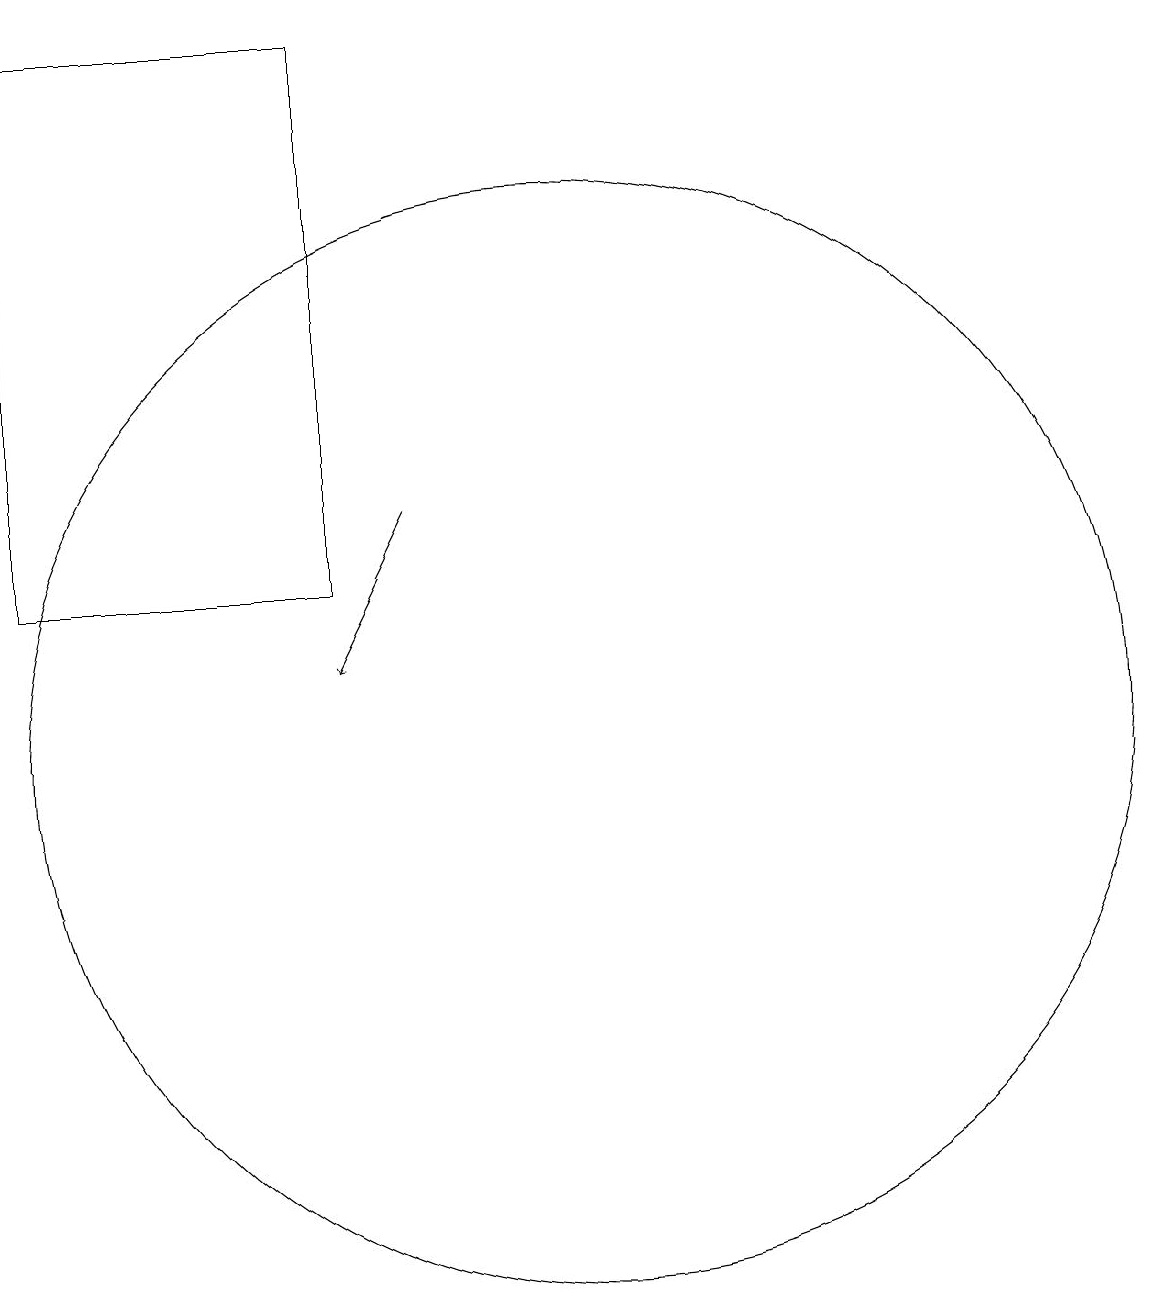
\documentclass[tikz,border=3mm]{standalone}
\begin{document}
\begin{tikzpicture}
\draw (10,10) circle (7);
\draw[->] (8,13) -- (7,11);
\draw (3,19) rectangle (7,12);
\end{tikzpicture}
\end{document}